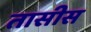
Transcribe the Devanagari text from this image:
तासीस